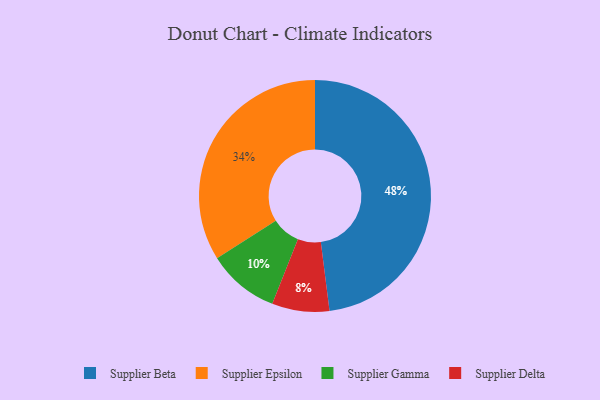
{"axis": {"x": "Category", "y": "Percentage"}, "legend": ["Supplier Beta", "Supplier Delta", "Supplier Epsilon", "Supplier Gamma"], "data": [{"x": "Supplier Beta", "y": 48, "type": "Supplier Beta"}, {"x": "Supplier Epsilon", "y": 34, "type": "Supplier Epsilon"}, {"x": "Supplier Delta", "y": 8, "type": "Supplier Delta"}, {"x": "Supplier Gamma", "y": 10, "type": "Supplier Gamma"}]}